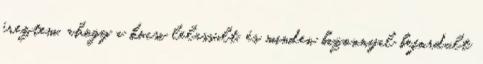
éreztem, ahogy a kocsi lelassult, és minden bizonnyal befordult